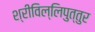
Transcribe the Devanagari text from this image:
श्रीविल्लिपुत्तुर